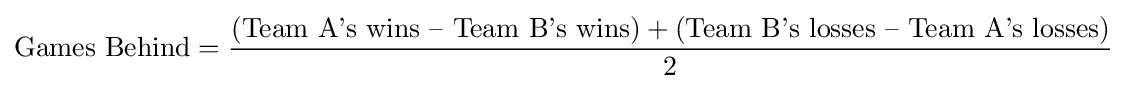
{\text{Games Behind}}={\frac {({\text{Team A's wins – Team B's wins}})+({\text{Team B's losses – Team A's losses}})}{2}}